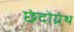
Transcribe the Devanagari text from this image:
छंदोग्रंथ